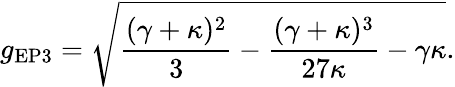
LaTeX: g_{\textrm{EP3}}=\sqrt{\frac{(\gamma+\kappa)^{2}}{3}-\frac{(\gamma+\kappa)^{3}}{27\kappa}-\gamma\kappa}.